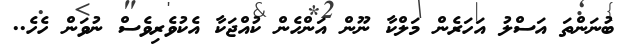
ބުނަންތަ އަސްލު އަހަރެން މަލްކާ ނޫން އަންހެން ކުއްޖަކާ އެކުވެރިވެސް ނުވަން ހެހެ..